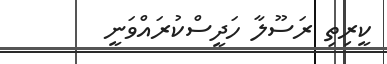
ކީރިތި ރަސޫލާ ހަދީސްކުރައްވަނީ